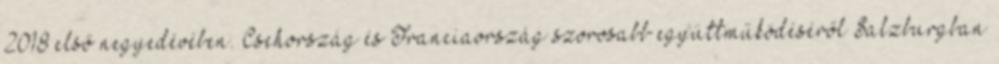
2018 első negyedévében. Csehország és Franciaország szorosabb együttműködéséről Salzburgban